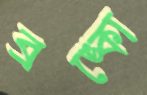
ব্রঙ্কো